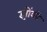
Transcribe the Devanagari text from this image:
झोंकी